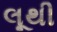
લૂથી